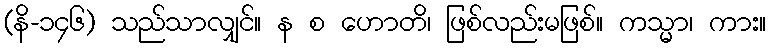
(နိ-၁၄၆) သည်သာလျှင်။ န စ ဟောတိ၊ ဖြစ်လည်းမဖြစ်။ ကသ္မာ၊ ကား။